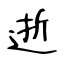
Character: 逝